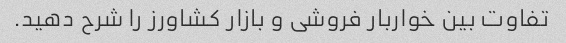
تفاوت بین خواربار فروشی و بازار کشاورز را شرح دهید.